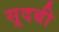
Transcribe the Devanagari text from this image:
सूदबी